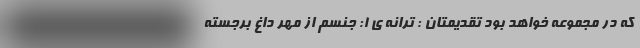
که در مجموعه خواهد بود تقدیمتان : ترانه ی ١: جنسم از مُهرِ داغِ برجسته